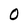
Character: 0